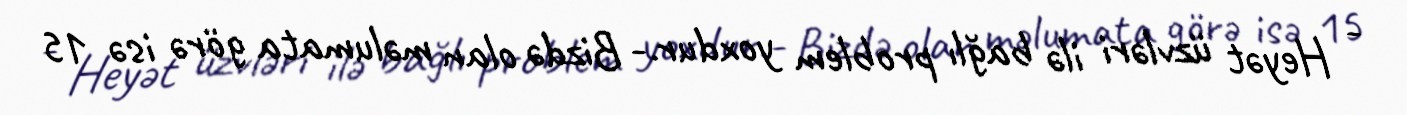
- Heyət üzvləri ilə bağlı problem yoxdur.- Bizdə olan məlumata görə isə 15